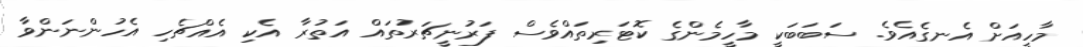
މާހީއަށް އެނގެއެވެ. ސަބަބަކީ މާހީމެންގެ ކޮޓަރިތައްވެސް ފަރުނީޗަރުތައް އަތުރާ އެކި އެއްޗެހި އެހުންނަންވާ